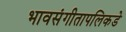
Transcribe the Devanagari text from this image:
भावसंगीतापलिकडे